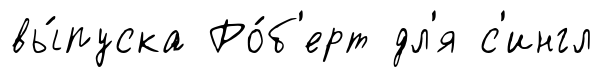
вы́пуска Ро́б'ерт дл'я с'ингл